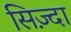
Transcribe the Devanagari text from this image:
सिज़्दा